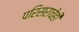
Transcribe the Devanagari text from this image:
परिसराचेही